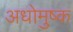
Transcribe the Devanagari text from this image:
अधोमुष्क